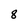
Character: 8